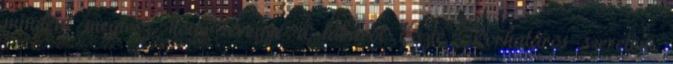
mindent megtesz, hogy levegye a lábáról Eszte. Korhatáros szerelem